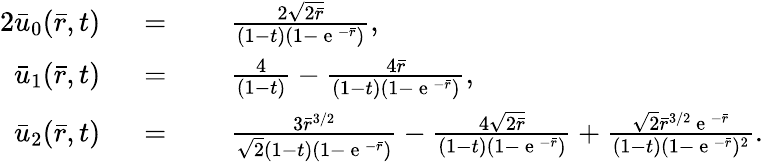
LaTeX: \begin{array}{rlrl}{{2}\bar{u}_{0}(\bar{r},t)}&{{}\; =}&{}&{{}\; \frac{2\sqrt{2\bar{r}}}{(1-t)(1-\mathrm{~e~}^{-\bar{r}})},}\\ {\bar{u}_{1}(\bar{r},t)}&{{}\; =}&{}&{{}\; \frac{4}{(1-t)}-\frac{4\bar{r}}{(1-t)(1-\mathrm{~e~}^{-\bar{r}})},}\\ {\bar{u}_{2}(\bar{r},t)}&{{}\; =}&{}&{{}\; \frac{3\bar{r}^{3/2}}{\sqrt{2}(1-t)(1-\mathrm{~e~}^{-\bar{r}})}-\frac{4\sqrt{2\bar{r}}}{(1-t)(1-\mathrm{~e~}^{-\bar{r}})}+\frac{\sqrt{2}\bar{r}^{3/2}\mathrm{~e~}^{-\bar{r}}}{(1-t)(1-\mathrm{~e~}^{-\bar{r}})^{2}}.}\end{array}